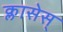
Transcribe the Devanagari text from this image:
क्लासेस्